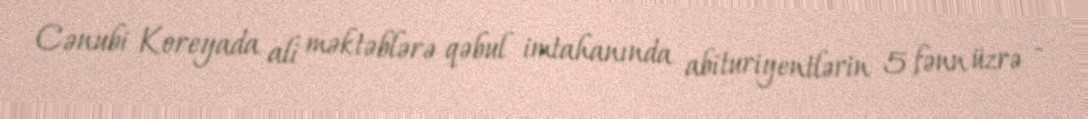
Cənubi Koreyada ali məktəblərə qəbul imtahanında abituriyentlərin 5 fənn üzrə -